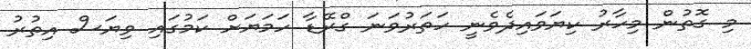
މި ގޮތުން މިހާރު ކިޔަވައިދެވެނީ ހަތަރުވަނަ ގްރޭޑާ ހަމަޔަށް ކަމުގައި ވިޔަސް އިތުރު